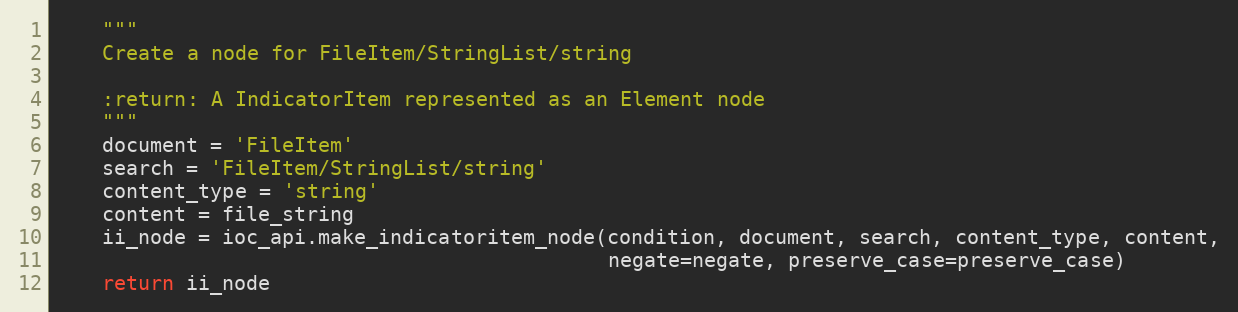
Language: Python
    """
    Create a node for FileItem/StringList/string

    :return: A IndicatorItem represented as an Element node
    """
    document = 'FileItem'
    search = 'FileItem/StringList/string'
    content_type = 'string'
    content = file_string
    ii_node = ioc_api.make_indicatoritem_node(condition, document, search, content_type, content,
                                              negate=negate, preserve_case=preserve_case)
    return ii_node